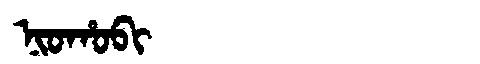
Manchu: ᠨᡳᠣᡥᠣᠪᡳ
Romanization: NIOHOBI